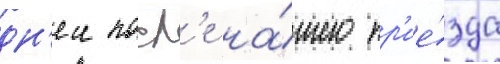
дн'еи посл'е на́шего пр'ие́зда